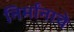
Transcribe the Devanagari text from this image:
निर्मांनाचे